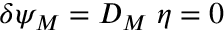
\delta \psi _ { M } = D _ { M } \; \eta = 0